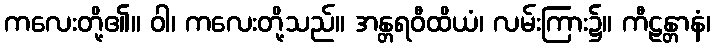
ကလေးတို့၏။ ဝါ၊ ကလေးတို့သည်။ အန္တရဝီထိယံ၊ လမ်းကြား၌။ ကီဠန္တာနံ၊